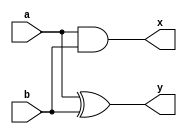
module half_st(a, b, y, x);
	input a, b;
	output y, x;
	assign y = a ^ b; 
	assign x = a & b; 
endmodule